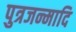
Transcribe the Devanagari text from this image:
पुत्रजन्मादि